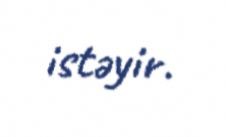
istəyir.